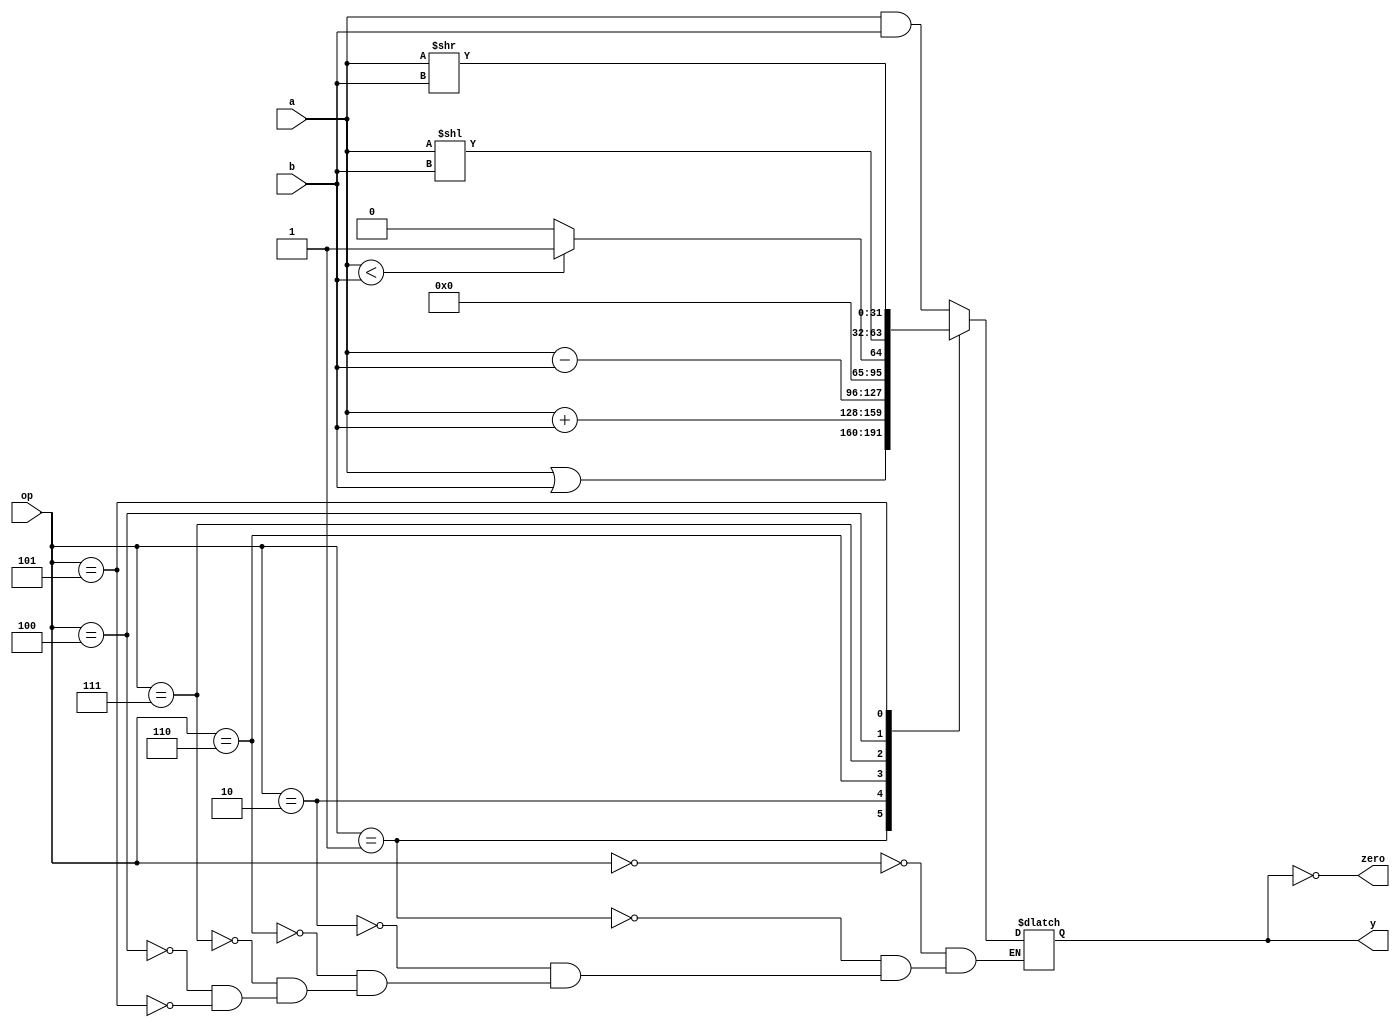
module alu (
        input  wire [2:0]  op,
        input  wire [31:0] a,
        input  wire [31:0] b,
        output wire        zero,
        output reg  [31:0] y
    );

    assign zero = (y == 0);

    always @ (op, a, b) begin
        $display("ALU ---- op = %h", op);
        case (op)
            3'b000: y = a & b;
            3'b001: y = a | b;
            3'b010: y = a + b;
            3'b110: y = a - b;
            3'b111: y = (a < b) ? 1 : 0;
            3'b100: y = a << b; // ALU ctrl signal for logical left shift SLL a - value and b shift amount
            3'b101: y = a >> b; // ALU ctrl signal for logical right shift SLR
        endcase
        $display("ALU y = %h b = %h y = %h", a, b, y);
    end

endmodule